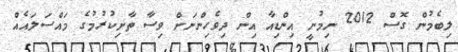
ލިބެމުން ގޮސް 2012 ނިމުނީ އިންޑިއާ އިން ދިވެހިންނަށް ވިސާ ތާށިކުރުމުގެ މައްސަލައެއް